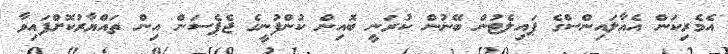
އެމެރިކަން އެއާލައިންސްގެ ޕައިލެޓުން ބޭނުން ކުރަނީ ބޮއިން ކުންފުނީގެ ޖެޕެސަން އިން ތައްޔާރުކޮށްފައިވާ